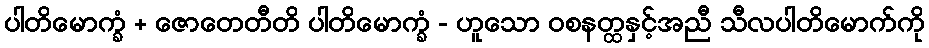
ပါတိမောက္ခံ + ဇောတေတီတိ ပါတိမောက္ခံ - ဟူသော ဝစနတ္ထနှင့်အညီ သီလပါတိမောက်ကို